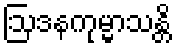
ဩဒနကုမ္မာသန္တိ